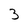
Character: 3